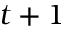
t + 1